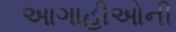
આગાહીઓની